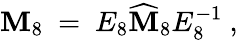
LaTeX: \mathbf{M}_{8}\ =\ E_{8}\widehat{\mathbf{M}}_{8}E_{8}^{-1}\ ,